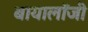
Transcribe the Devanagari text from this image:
बायालॉजी